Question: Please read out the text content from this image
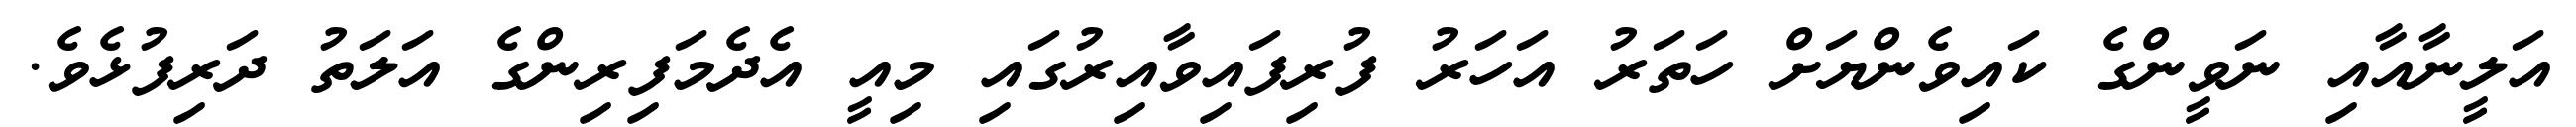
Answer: އަލީނާއާއި ނަވީންގެ ކައިވެންޔަށް ހަތަރު އަހަރު ފުރިފައިވާއިރުގައި މިއީ އެދެމަފިރިންގެ އަލަތު ދަރިފުޅެވެ.